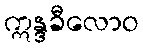
ဣန္ဒခီလောဝ